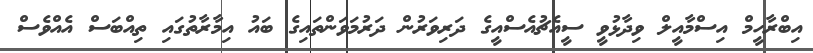
އިބްރާހީމް އިސްމާއީލް ވިދާޅުވީ ސީއެޗުއެސްއީގެ ދަރިވަރުން ދަރުމަވަންތައިގެ ބައު އިމާރާތުގައި ތިއްބަސް އެއްވެސް